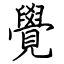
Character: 覺